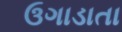
ઉગાડાતા